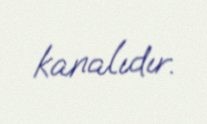
kanalıdır.